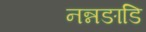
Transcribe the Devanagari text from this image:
नन्नङाडि